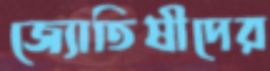
জ্যোতিষীদের